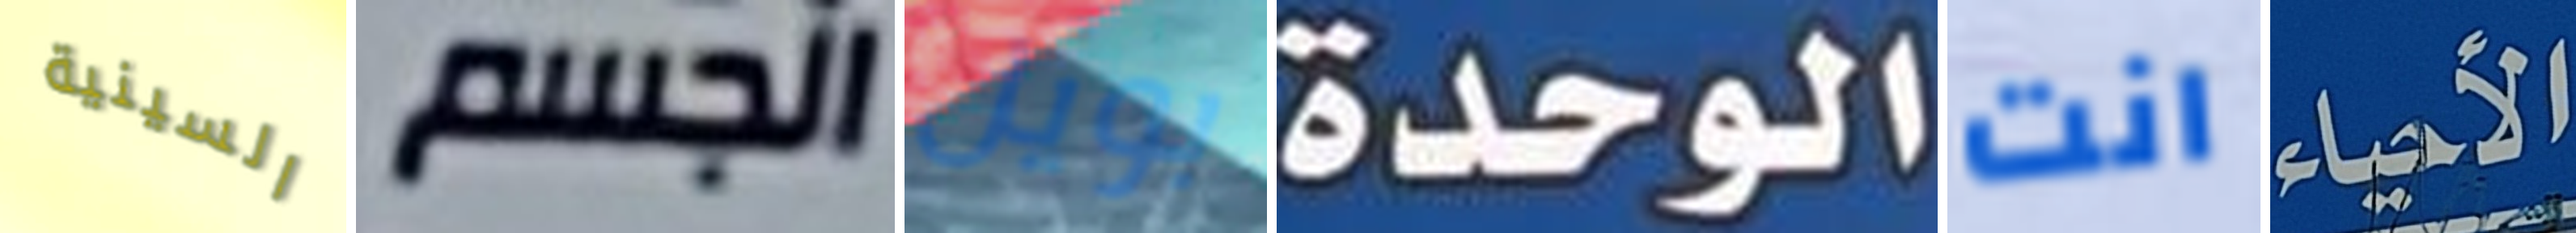
السينية الجسم بويل الوحدة انت الأحياء